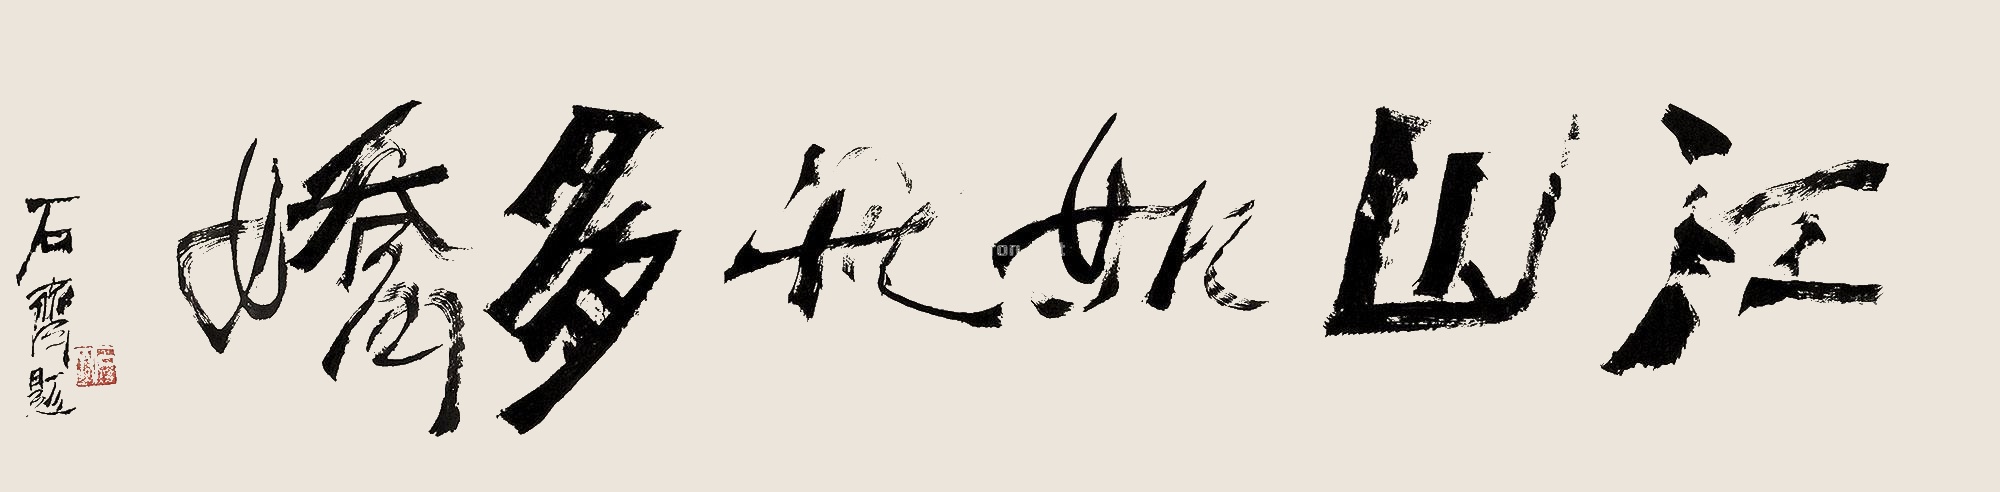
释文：江山如此多娇石齐题。